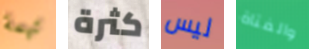
تهمة كثرة ليس والفتاة